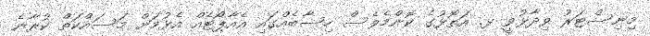
މިނިސްޓަރު ވިދާޅުވީ ޅ. އަތޮޅުގެ ކޮންމެވެސް ހިސާބެއްގައި އެއާޕޯޓެއް އެޅުމަށް މަސައްކަތް ކުރާނެ